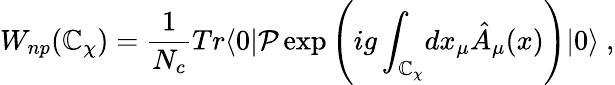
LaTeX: W_{np}(\mathbb{C}_{\chi})={\frac{{1}}{{N_{c}}}}Tr\langle0|\mathcal{{P}}\exp\left(ig\int_{\mathbb{C}_{\chi}}\! dx_{\mu}\hat{{A}}_{\mu}(x)\right)|0\rangle\ ,